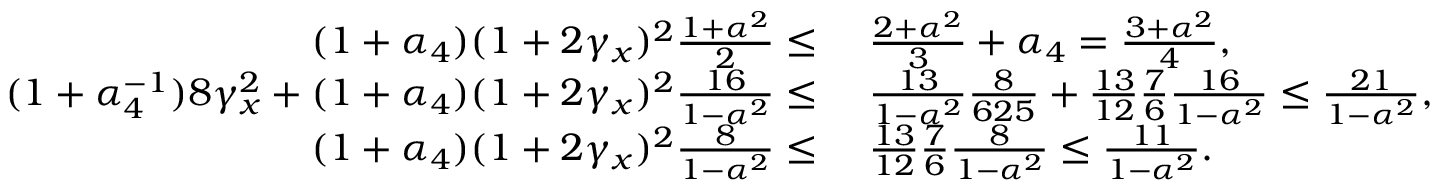
\begin{array} { r l } { ( 1 + \alpha _ { 4 } ) ( 1 + 2 \gamma _ { x } ) ^ { 2 } \frac { 1 + \alpha ^ { 2 } } { 2 } \leq } & { ~ \frac { 2 + \alpha ^ { 2 } } { 3 } + \alpha _ { 4 } = \frac { 3 + \alpha ^ { 2 } } { 4 } , } \\ { ( 1 + \alpha _ { 4 } ^ { - 1 } ) 8 \gamma _ { x } ^ { 2 } + ( 1 + \alpha _ { 4 } ) ( 1 + 2 \gamma _ { x } ) ^ { 2 } \frac { 1 6 } { 1 - \alpha ^ { 2 } } \leq } & { ~ \frac { 1 3 } { 1 - \alpha ^ { 2 } } \frac { 8 } { 6 2 5 } + \frac { 1 3 } { 1 2 } \frac { 7 } { 6 } \frac { 1 6 } { 1 - \alpha ^ { 2 } } \leq \frac { 2 1 } { 1 - \alpha ^ { 2 } } , } \\ { ( 1 + \alpha _ { 4 } ) ( 1 + 2 \gamma _ { x } ) ^ { 2 } \frac { 8 } { 1 - \alpha ^ { 2 } } \leq } & { ~ \frac { 1 3 } { 1 2 } \frac { 7 } { 6 } \frac { 8 } { 1 - \alpha ^ { 2 } } \leq \frac { 1 1 } { 1 - \alpha ^ { 2 } } . } \end{array}